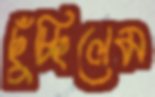
ছুঁচ্ছিলেম